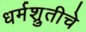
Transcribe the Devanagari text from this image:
धर्मश्रुतीचे